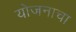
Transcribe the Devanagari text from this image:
योजनाचा